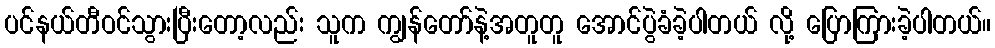
ပင်နယ်တီဝင်သွားပြီးတော့လည်း သူက ကျွန်တော်နဲ့အတူတူ အောင်ပွဲခံခဲ့ပါတယ် လို့ ပြောကြားခဲ့ပါတယ်။